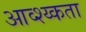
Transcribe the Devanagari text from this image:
आव्श्य्कता